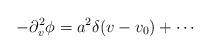
LaTeX: \begin{align*}- \partial_v^2 \phi = a^2 \delta (v - v_0) + \cdots\end{align*}